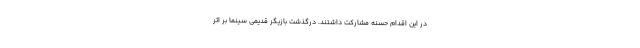
در این اقدام حسنه مشارکت داشتند. درگذشت بازیگر قدیمی سینما بر اثر